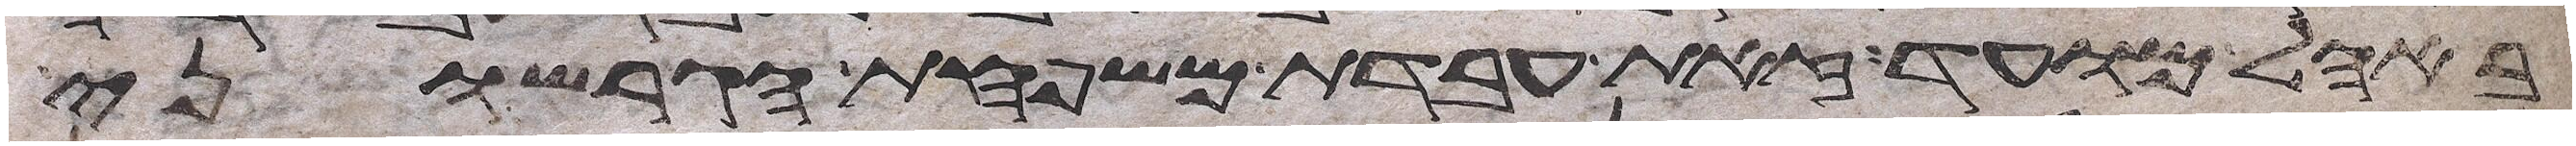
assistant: באהל מועד זאת עבדת משפחת הגרשוני